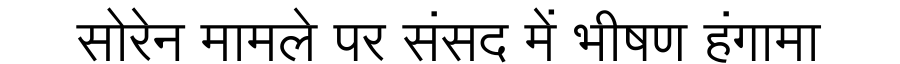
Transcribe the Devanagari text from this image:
सोरेन मामले पर संसद में भीषण हंगामा